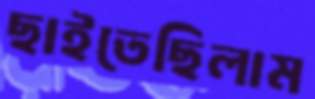
ছাইতেছিলাম